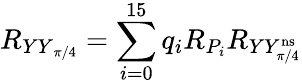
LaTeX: R_{{YY}_{\pi/4}}=\sum_{i=0}^{15}q_{i}R_{P_{i}}R_{YY_{\pi/4}^{\mathrm{ns}}}